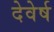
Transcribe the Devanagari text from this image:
देवेर्ष